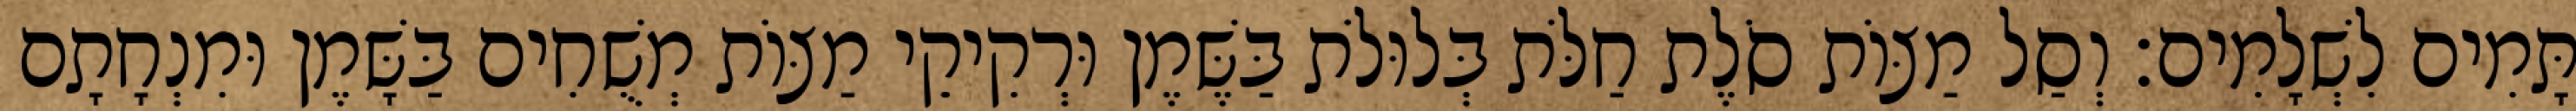
תָּמִים לִשְׁלָמִים׃ וְסַל מַצּוֹת סֹלֶת חַלֹּת בְּלוּלֹת בַּשֶּׁמֶן וּרְקִיקֵי מַצּוֹת מְשֻׁחִים בַּשָּׁמֶן וּמִנְחָתָם